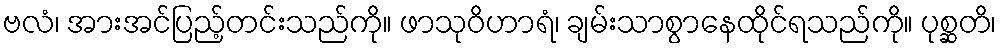
ဗလံ၊ အားအင်ပြည့်တင်းသည်ကို။ ဖာသုဝိဟာရံ၊ ချမ်းသာစွာနေထိုင်ရသည်ကို။ ပုစ္ဆတိ၊